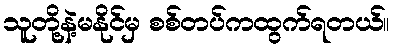
သူတို့နဲ့မနိုင်မှ စစ်တပ်ကထွက်ရတယ်။